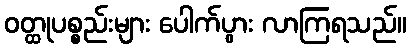
ဝတ္ထုပစ္စည်းများ ပေါက်ပွား လာကြရသည်။